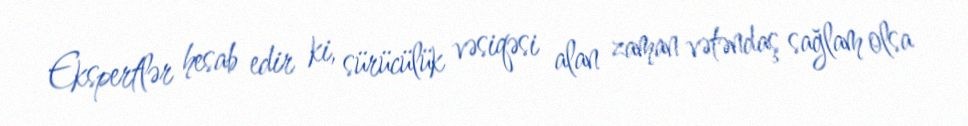
Ekspertlər hesab edir ki, sürücülük vəsiqəsi alan zaman vətəndaş sağlam olsa